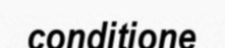
conditione